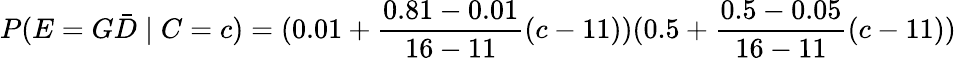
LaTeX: P(E=G{\bar{D}}\mid C=c)=(0.01+{\frac{0.81-0.01}{16-11}}(c-11))(0.5+{\frac{0.5-0.05}{16-11}}(c-11))